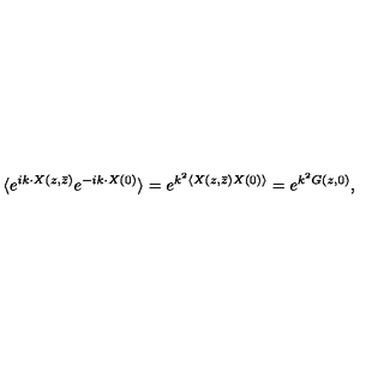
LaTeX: \langle e ^ { i k \cdot X ( z , \bar { z } ) } e ^ { - i k \cdot X ( 0 ) } \rangle = e ^ { k ^ { 2 } \langle X ( z , \bar { z } ) X ( 0 ) \rangle } = e ^ { k ^ { 2 } G ( z , 0 ) } ,